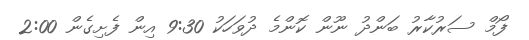
ފޯމް ސަރުކާރު ބަންދު ނޫން ކޮންމެ ދުވަހަކު 9:30 އިން ފެށިގެން 2:00